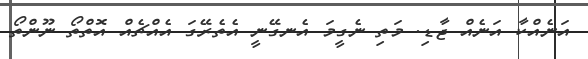
އަނެއްކާ އަނެއް ޖާޑި. މަތި ނެގީމަ އެނގޭނީ އެތެރޭގަ އެއްޗެއް އޮތްތޯ ނޫންތޯ